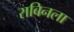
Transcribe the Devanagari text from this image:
राबिनला